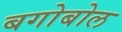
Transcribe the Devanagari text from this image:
बगोबोल